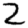
Digit: 2